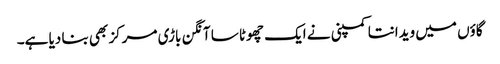
گاؤں میں ویدانتا کمپنی نے ایک چھوٹا سا آنگن باڑی مرکز بھی بنا دیا ہے۔